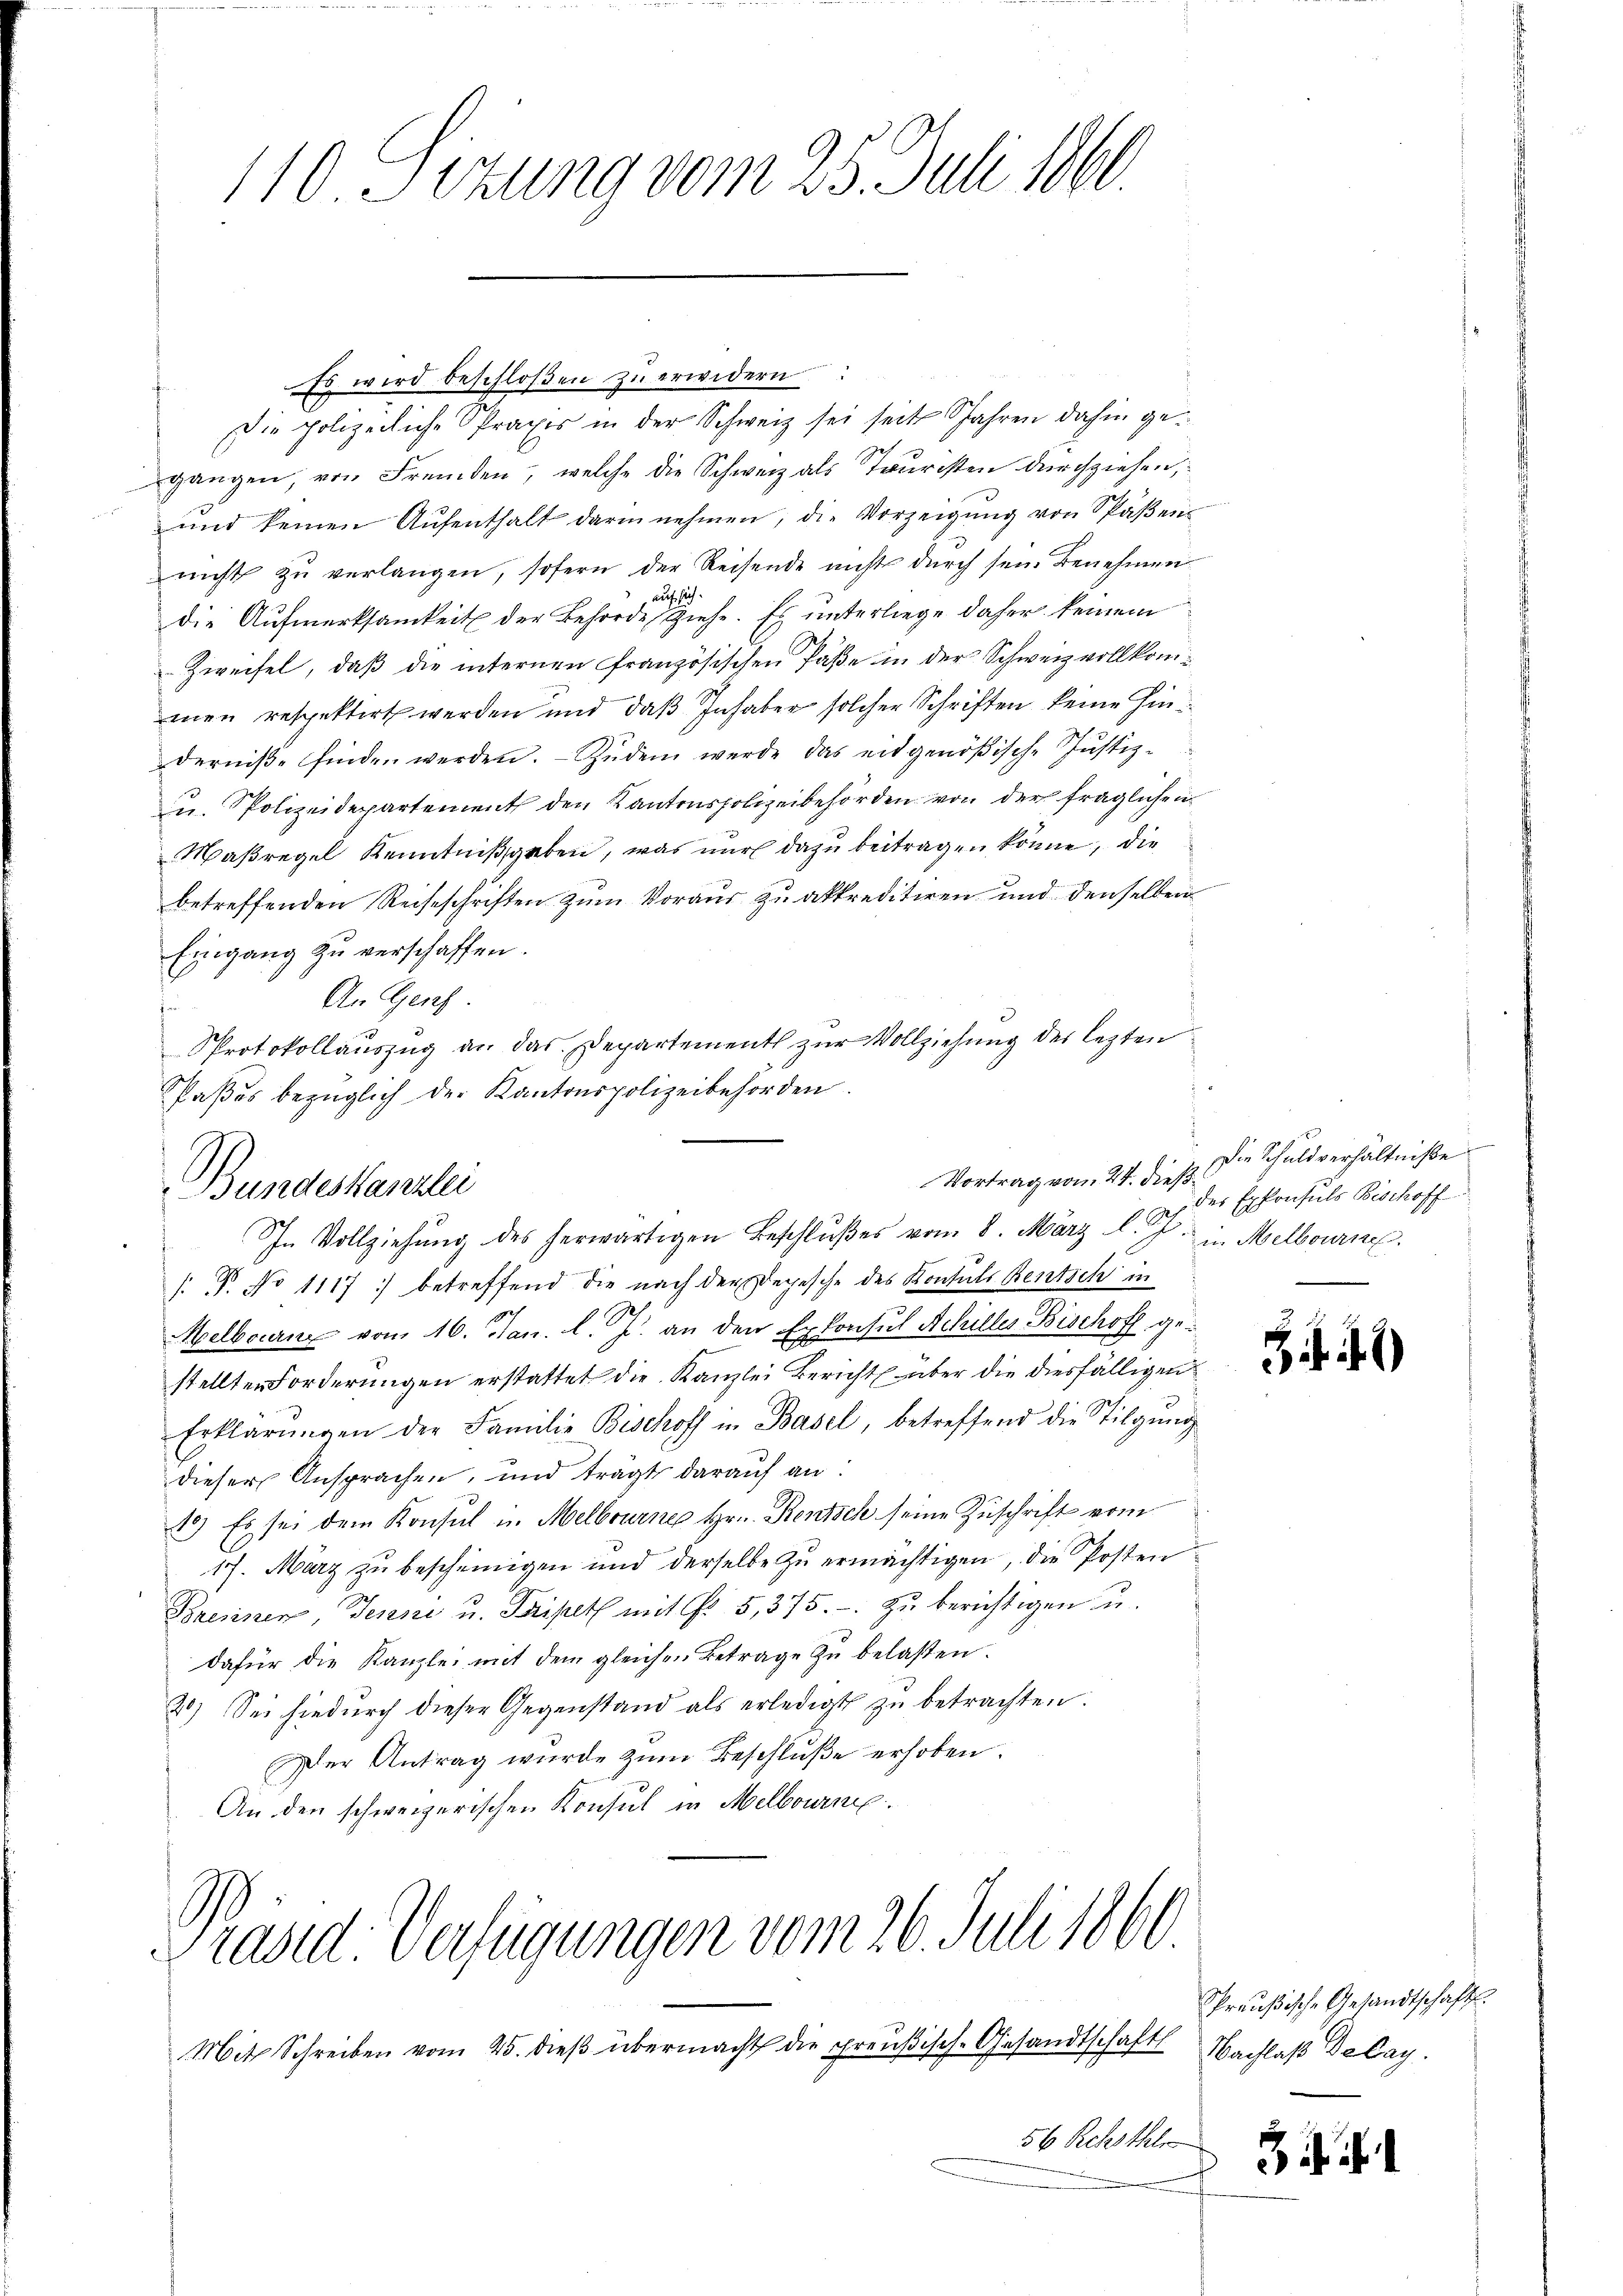
110 Sitzung vom 25. Juli 1860

Es wird beschloßen zu erwidern
Die polizeiliche Spraxis in der Schweiz sei seit Jahren dahin gegangen, von Fremden, welche die Schweiz als Tauristen durchziehen,
und keinen Aŭfenthalt darin nehmen, die Vorzeigung von Spaßens
nicht zu verlangen, sofern der Reisende nichts durch sein Benehmen
die Aufmerksamkeit der Behörde es ziehe. Es unterliege daher keinem
Zweifel, daß die internen französischen Päße in der Schweiz vollkommen respektirt werden und daß Inhaber solcher Schriften keine hinderniße finden werden. - Zudem werde das eidgenößische Justiz-
u. Polizeidepartement den Kantonspolizeibehörden von der fraglichen
Maßregel Kenntnißgaben, was nur dazu beitragen könne, die
betreffenden Reiseschriften zum Voraus zu akkreditiren und denselben
Eingang zu verschaffen.
An Genf.
t
Protokollauszug an das Departement zur Vollziehung des lezten
Paßes bezüglich der Kantonspolizeibehörden.
Bundeskanzlei
I. Vollziehŭng des herwärtigen Beschlŭβes vom 8. März l. J. in Melbourne
 P. No 1117: betreffend die nach der Depesche des Kontals Rentsch in
Melbourn vom 16. Jan. l. J. an den Exkonsul Schiller Bischoff gestellten Forderungen erstattet die Kanzlei Bericht über die diesfälligen
Erklärŭngen der Familie Bischoff in Basel, betreffend die Tilgŭng
dieser Ansprachen, und tragt darauf an:
10) Es sei dem Konsul u. Melbourner Hr. Rentsch seine Zuschrift vom
17. März zu bescheinigen und derselbe zŭ ermächtigen, die Posten
Brennen, Jenne u. Tripeth mit Fr. 5, 375. - zu berichtigen u.
dafür die Kanzlei mit dem gleichen Betrage zŭ belasten.
20) Sei hiedurch dieser Gegenstand als erledigt zu betrachten.
er Antrag wurde zŭm Beschluße erhoben.
An den schweizerischen Konsul in Melbourn

Präsed Verfügungen vom 26. Juli 1860

Mit Schreiben vom 25. dieß übermacht die preußisch-Gesandtschaft
56 Rchsthle

Vortrag vom 24. ds. die Schuldverhältniße
des Expresuls Bischoff

.

a

1)

Preußische Gesandtschaft.
Nachlaß Delay.